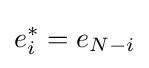
e_{i}^{*}=e_{N-i}